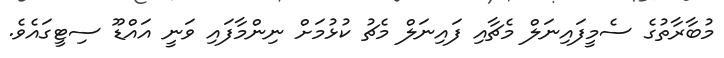
މުބާރާތުގެ ސެމީފައިނަލް މެޗާއި ފައިނަލް މެޗު ކުޅުމަށް ނިންމާފައި ވަނީ އައްޑޫ ސިޓީގައެވެ.